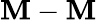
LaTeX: \mathbf{M}-\mathbf{M}